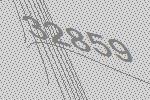
32859